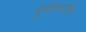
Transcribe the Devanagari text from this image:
गुणोत्तरातील